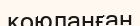
қоюланған